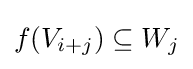
f(V_{i+j})\subseteq W_{j}